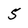
Character: 5